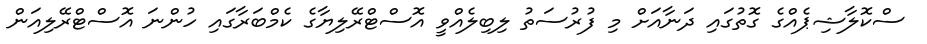
ސްކޮލާޝިޕެއްގެ ގޮތުގައި ދަނާއަށް މި ފުރުސަތު ލިބިލެއްވީ އޮސްޓްރޭލިޔާގެ ކެމްބަރާގައި ހުންނަ އޮސްޓްރޭލިއަން